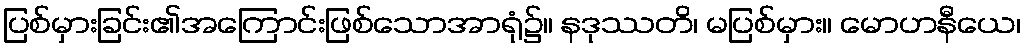
ပြစ်မှားခြင်း၏အကြောင်းဖြစ်သောအာရုံ၌။ နဒုဿတိ၊ မပြစ်မှား။ မောဟနီယေ၊